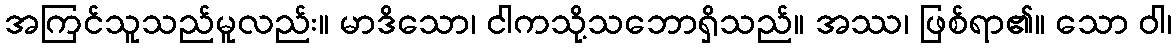
အကြင်သူသည်မူလည်း။ မာဒိသော၊ ငါကသို့သဘောရှိသည်။ အဿ၊ ဖြစ်ရာ၏။ သော ဝါ၊